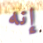
إنه